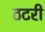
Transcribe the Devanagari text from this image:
ठटरी